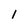
Character: I